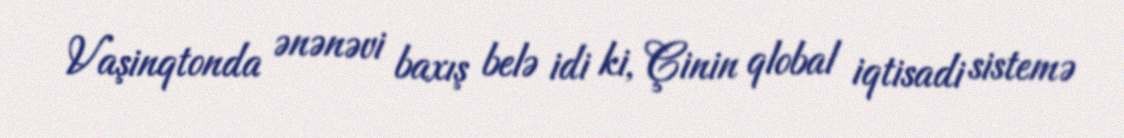
Vaşinqtonda ənənəvi baxış belə idi ki, Çinin qlobal iqtisadi sistemə